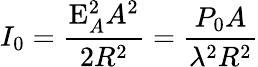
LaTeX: I_{0}={\frac{\mathrm{E}_{A}^{2}A^{2}}{2R^{2}}}={\frac{P_{0}A}{\lambda^{2}R^{2}}}